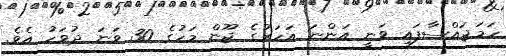
ހަމަޖައްސާފައި ވަނީ އަންނަ އަހަރުގެ ޖޫން މަހުގެ 30 ވަނަ ދުވަހު އެވެ.